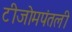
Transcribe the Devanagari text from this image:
टीजोमपंतली